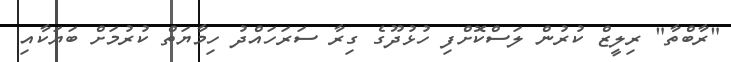
"ރާބްތާ" ރިލީޒް ކުރުން ލަސްކޮށްފި ހުޅުދޫގެ ގިރާ ސަރަހައްދު ހިމާޔަތް ކުރުމަށް ބަޔަކާއި